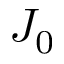
J _ { 0 }